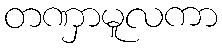
တဏှာမူလကာ